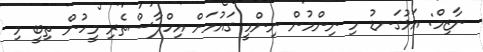
ނާޒިމް: އަޅުގަނޑު މި ނިންމުން ނިންމީ ގައުމަށް އިހްލާސްތެރި މީހުން ތިބީ މި